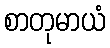
စာတုမာယံ